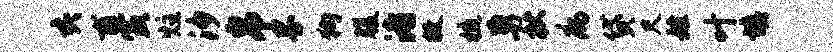
亥甫寅炷汐帛界狗腹渚敝梳勇杖病贷尺姓叶填